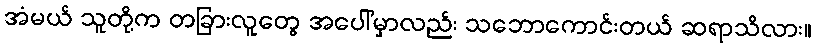
အံမယ် သူတို့က တခြားလူတွေ အပေါ်မှာလည်း သဘောကောင်းတယ် ဆရာသိလား။